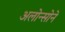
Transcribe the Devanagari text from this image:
अलोन्सोने